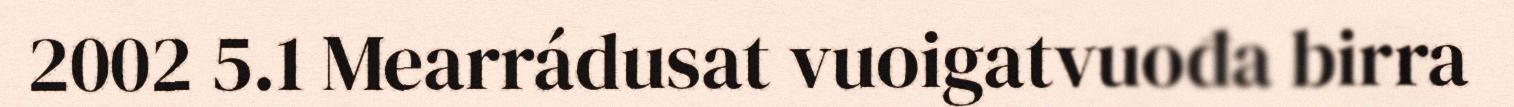
2002 5.1 Mearrádusat vuoigatvuođa birra